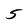
Character: 5